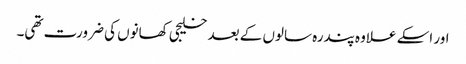
اور اسکے علاوہ پندرہ سالوں کے بعد خلیجی کھانوں کی ضرورت تھی۔